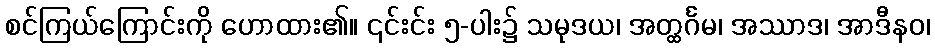
စင်ကြယ်ကြောင်းကို ဟောထား၏။ ၎င်းင်း ၅-ပါး၌ သမုဒယ၊ အတ္ထင်္ဂမ၊ အဿာဒ၊ အာဒီနဝ၊